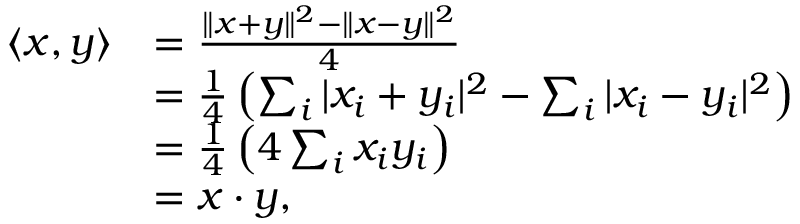
{ \begin{array} { r l } { \langle x , y \rangle } & { = { \frac { \| x + y \| ^ { 2 } - \| x - y \| ^ { 2 } } { 4 } } } \\ & { = { \frac { 1 } { 4 } } \left( \sum _ { i } | x _ { i } + y _ { i } | ^ { 2 } - \sum _ { i } | x _ { i } - y _ { i } | ^ { 2 } \right) } \\ & { = { \frac { 1 } { 4 } } \left( 4 \sum _ { i } x _ { i } y _ { i } \right) } \\ & { = x \cdot y , } \end{array} }